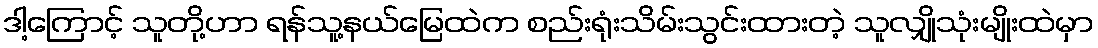
ဒါ့ကြောင့် သူတို့ဟာ ရန်သူ့နယ်မြေထဲက စည်းရုံးသိမ်းသွင်းထားတဲ့ သူလျှိုသုံးမျိုးထဲမှာ